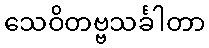
သေဝိတဗ္ဗသင်္ခါတာ